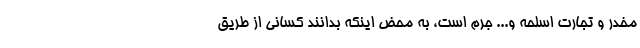
مخدر و تجارت اسلحه و... جرم است، به محض اینکه بدانند کسانی از طریق